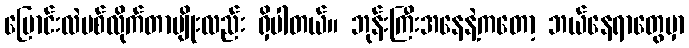
ပြောင်းလဲပစ်လိုက်တာမျိုးလည်း ရှိပါတယ်။ ဘုန်းကြီးအနေနဲ့ကတော့ ဘယ်နေရာတွေမှာ